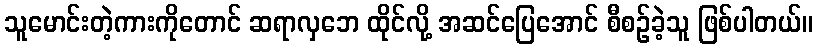
သူမောင်းတဲ့ကားကိုတောင် ဆရာလှဘေ ထိုင်လို့ အဆင်ပြေအောင် စီစဉ်ခဲ့သူ ဖြစ်ပါတယ်။